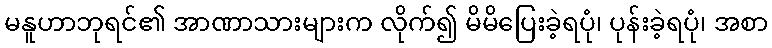
မနူဟာဘုရင်၏ အာဏာသားများက လိုက်၍ မိမိပြေးခဲ့ရပုံ၊ ပုန်းခဲ့ရပုံ၊ အစာ